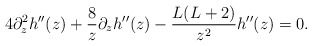
\begin{align*}4 \partial^2_z h''(z) + { 8 \over z} \partial_z h''(z) - { L(L+2) \over z^2} h''(z) = 0.\end{align*}